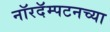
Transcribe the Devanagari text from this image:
नॉरदॅम्पटनच्या